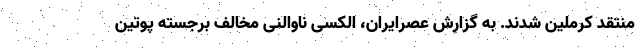
منتقد کرملین شدند. به گزارش عصرایران، الکسی ناوالنی مخالف برجسته پوتین